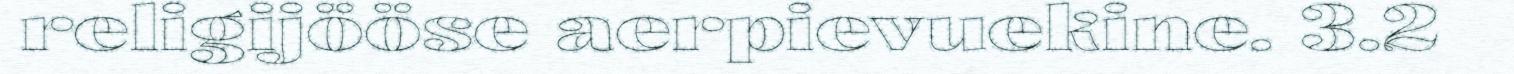
religijööse aerpievuekine. 3.2